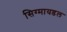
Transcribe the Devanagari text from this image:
सिग्मायडल